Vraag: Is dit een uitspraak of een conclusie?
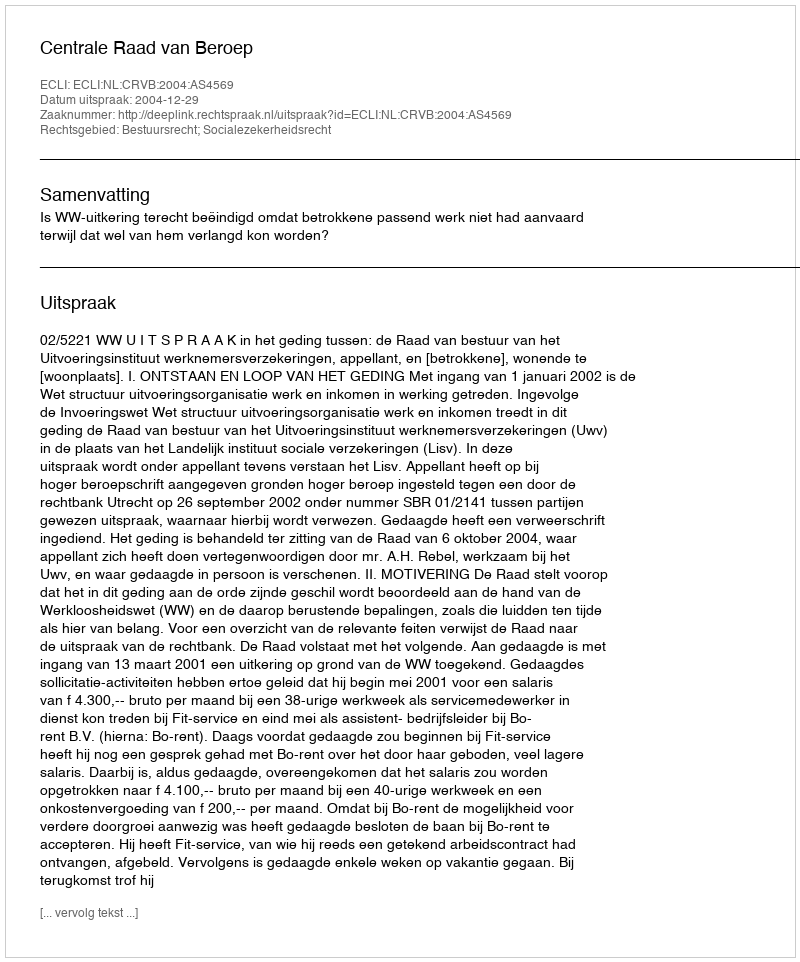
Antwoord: Uitspraak